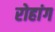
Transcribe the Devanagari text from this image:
रोहांग